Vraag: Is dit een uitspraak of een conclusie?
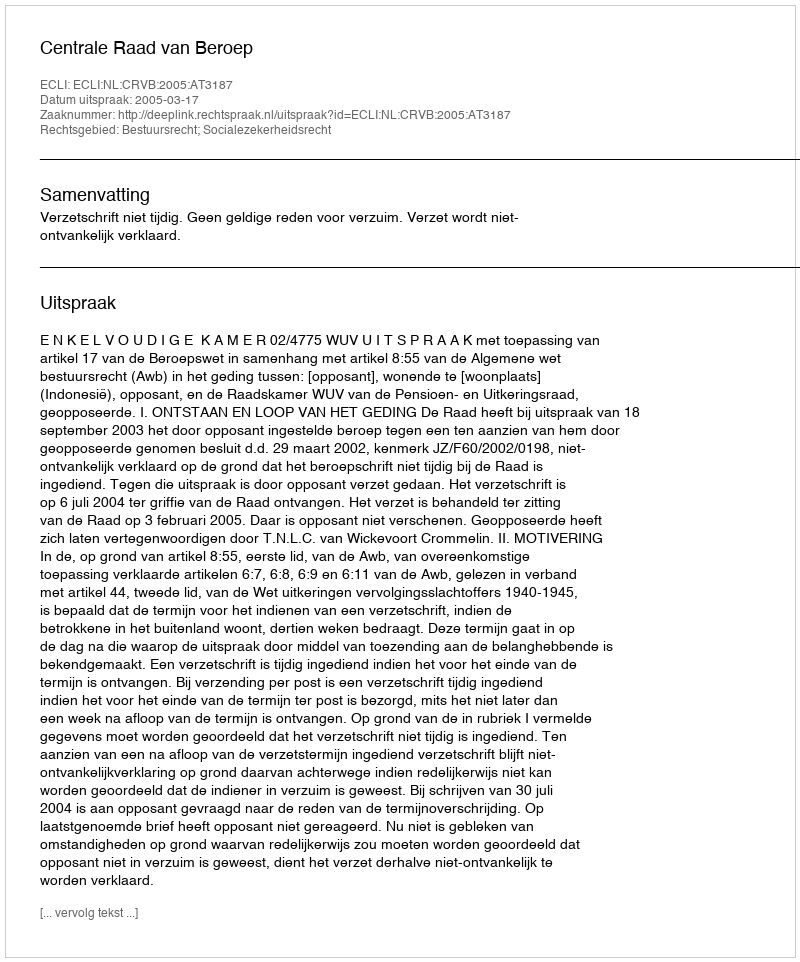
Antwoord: Uitspraak